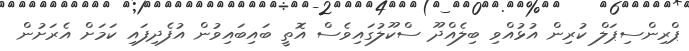
ޕްރިންސިޕަލް ކުރިން އުޅުއްވި ބިލެއްދޫ ސްކޫލުގައިވެސް އޮތީ ބައިބައިވުން އުފެދިފައި ކަމަށް އެރަށުން